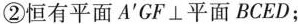
②恒有平面A^{‘}GF\bot平面BCED；